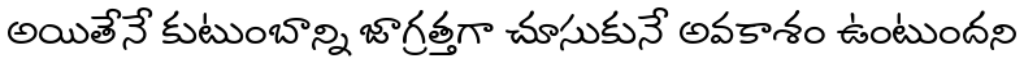
అయితేనే కుటుంబాన్ని జాగ్రత్తగా చూసుకునే అవకాశం ఉంటుందని